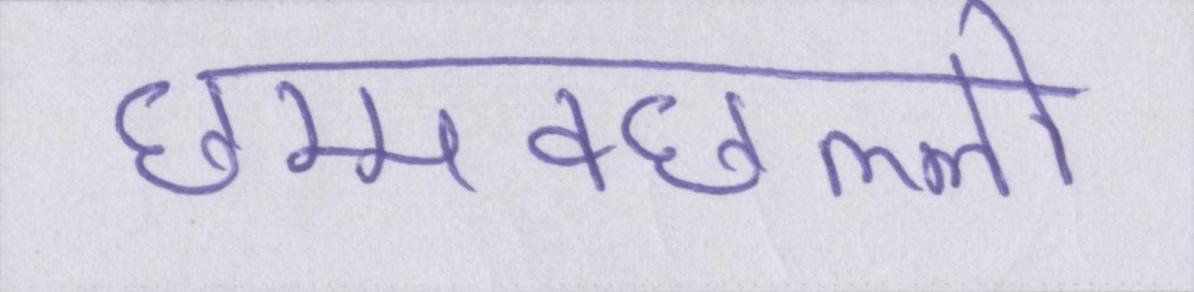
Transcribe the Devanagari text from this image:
छम्मक्छल्लो